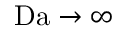
\mathrm { D a } \rightarrow \infty